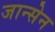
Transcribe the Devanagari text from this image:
जान्सेन